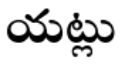
యట్లు